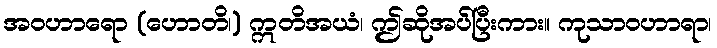
အဝဟာရော (ဟောတိ၊) ဣတိအယံ၊ ဤဆိုအပ်ပြီးကား။ ကုသာဝဟာရာ၊